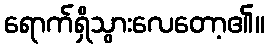
ရောက်ရှိသွားလေတော့၏။